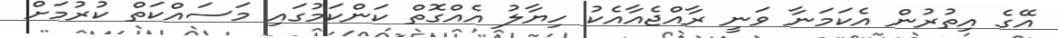
އޭގެ އިތުރުން އެކަމަނާ ވަނީ ރާއްޖެއާއެކު ހިޔާލު އެއްގޮތް ކަންކަމުގައި މަސައްކަތް ކުރުމަށް